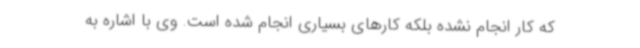
که کار انجام نشده بلکه کارهای بسیاری انجام شده است. وی با اشاره به